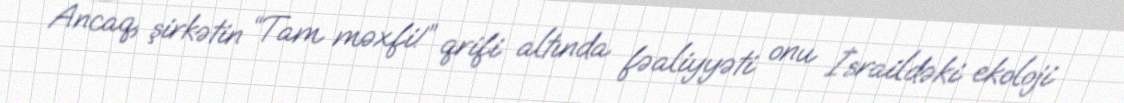
Ancaq, şirkətin “Tam məxfi!” qrifi altında fəaliyyəti onu İsraildəki ekoloji